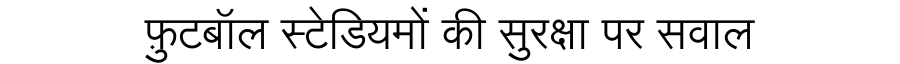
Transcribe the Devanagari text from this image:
फ़ुटबॉल स्टेडियमों की सुरक्षा पर सवाल